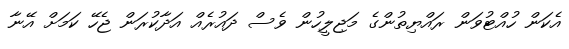
އެކަން ހުއްޓުވަން ރައްޔިތުންގެ މަޖިލީހުން ވެސް ދައުރެއް އަދާކުރަން ޖެހޭ ކަމަށް އޭނާ